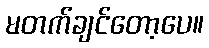
မတက်ချင်တော့ပေ။